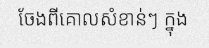
ចែងពីគោលសំខាន់ៗ ក្នុង